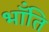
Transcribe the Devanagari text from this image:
भॉंति